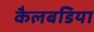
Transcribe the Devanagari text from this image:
कैलबडिया